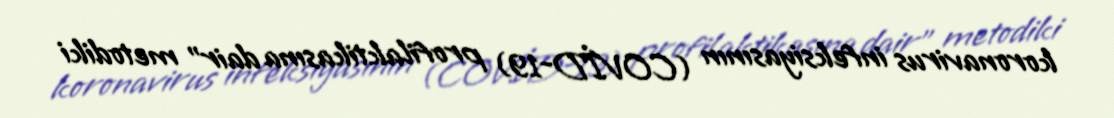
koronavirus infeksiyasının (COVİD-19) profilaktikasına dair” metodiki